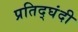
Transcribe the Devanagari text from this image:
प्रतिद्घंदी